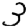
Digit: 3